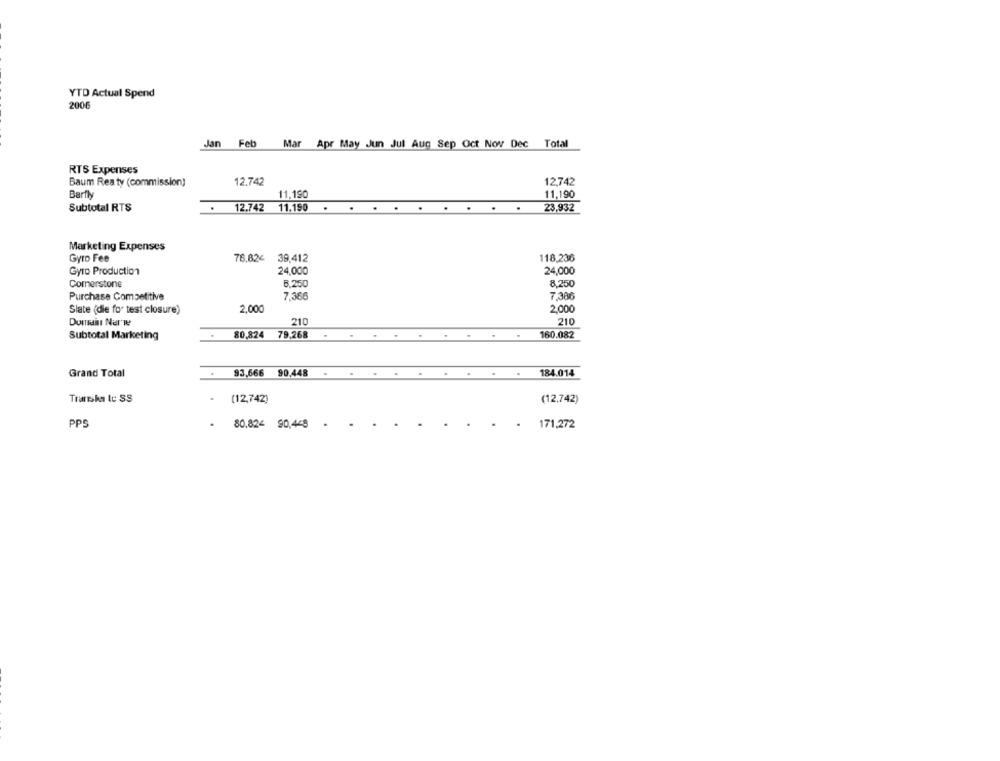
YTD Actual Spend
2006
Jan Feb
Mar Apr May Jun Jul Aug Sep Oct Nov Dec Total
RTS Expenses
Baum Rea ty (commission)
12.742
12,742
Barfly
11,190
11,190
Subtotal RTS
12.742
11.190
23,932
Marketing Expenses
Gyro Fee
76,82€ 39,412
118,236
Gyro Production
24,000
24,000
8.250
Cornerstone
8.250
Purchase Competitive
7,366
7.386
Slate (die for test closure)
2,000
2,000
Dunkin Nerle
210
210
Subtotal Marketing
80,824
79,268
160.082
Grand Total
93,666 90.448
.
. .
184.014
Trarska le SS
.
(12,742)
(12,742)
PPS
80.824 90,449
- 171.272